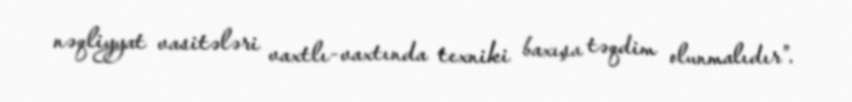
nəqliyyat vasitələri vaxtlı-vaxtında texniki baxışa təqdim olunmalıdır”.